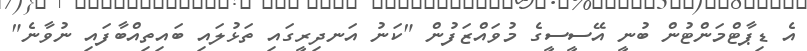
އެ ޑިޕާޓްމަންޓުން ބުނީ އޭސީސީގެ މުވައްޒަފުން "ކަނު އަނދިރީގައި ތަޅުލައި ބައިތިއްބާފައި ނުވާނެ"